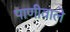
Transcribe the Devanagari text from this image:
पाणीवाले